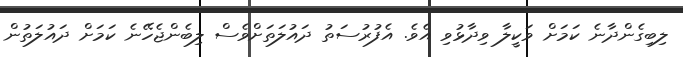
ލިބިގެންދާނެ ކަމަށް ވަކީލާ ވިދާޅުވި އެވެ. އެފުރުސަތު ދައުލަތަށްވެސް ލިބެންޖެހޭނެ ކަމަށް ދައުލަތުން